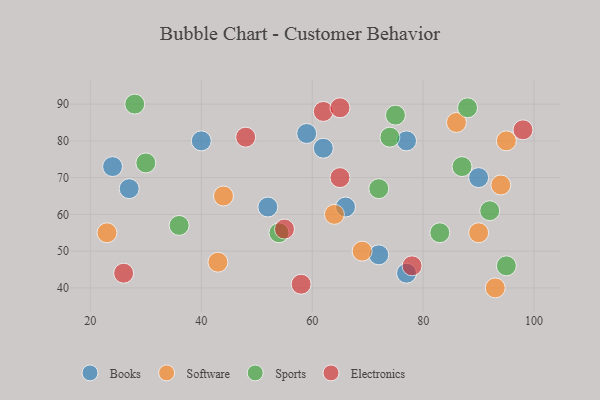
{"axis": {"x": "GDP", "y": "Life Expectancy"}, "legend": ["Books", "Electronics", "Software", "Sports"], "data": [{"x": "62", "y": 78, "type": "Books"}, {"x": "27", "y": 67, "type": "Books"}, {"x": "52", "y": 62, "type": "Books"}, {"x": "24", "y": 73, "type": "Books"}, {"x": "59", "y": 82, "type": "Books"}, {"x": "77", "y": 44, "type": "Books"}, {"x": "90", "y": 70, "type": "Books"}, {"x": "66", "y": 62, "type": "Books"}, {"x": "40", "y": 80, "type": "Books"}, {"x": "77", "y": 80, "type": "Books"}, {"x": "72", "y": 49, "type": "Books"}, {"x": "94", "y": 68, "type": "Software"}, {"x": "64", "y": 60, "type": "Software"}, {"x": "69", "y": 50, "type": "Software"}, {"x": "23", "y": 55, "type": "Software"}, {"x": "90", "y": 55, "type": "Software"}, {"x": "93", "y": 40, "type": "Software"}, {"x": "43", "y": 47, "type": "Software"}, {"x": "95", "y": 80, "type": "Software"}, {"x": "44", "y": 65, "type": "Software"}, {"x": "86", "y": 85, "type": "Software"}, {"x": "54", "y": 55, "type": "Sports"}, {"x": "95", "y": 46, "type": "Sports"}, {"x": "72", "y": 67, "type": "Sports"}, {"x": "75", "y": 87, "type": "Sports"}, {"x": "36", "y": 57, "type": "Sports"}, {"x": "83", "y": 55, "type": "Sports"}, {"x": "88", "y": 89, "type": "Sports"}, {"x": "92", "y": 61, "type": "Sports"}, {"x": "87", "y": 73, "type": "Sports"}, {"x": "30", "y": 74, "type": "Sports"}, {"x": "28", "y": 90, "type": "Sports"}, {"x": "74", "y": 81, "type": "Sports"}, {"x": "48", "y": 81, "type": "Electronics"}, {"x": "58", "y": 41, "type": "Electronics"}, {"x": "78", "y": 46, "type": "Electronics"}, {"x": "65", "y": 70, "type": "Electronics"}, {"x": "26", "y": 44, "type": "Electronics"}, {"x": "62", "y": 88, "type": "Electronics"}, {"x": "98", "y": 83, "type": "Electronics"}, {"x": "65", "y": 89, "type": "Electronics"}, {"x": "55", "y": 56, "type": "Electronics"}]}